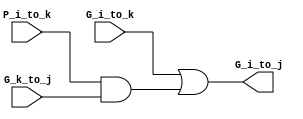
module gray_cell (
	input G_i_to_k,  
	input P_i_to_k, 
	input G_k_to_j,
	output G_i_to_j
);
	assign G_i_to_j = G_i_to_k | (P_i_to_k & G_k_to_j);
endmodule